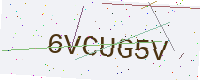
Text: 6VCUG5V